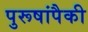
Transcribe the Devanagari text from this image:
पुरूषांपैकी